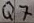
Text: Q7